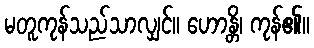
မတူကုန်သည်သာလျှင်။ ဟောန္တိ၊ ကုန်၏။